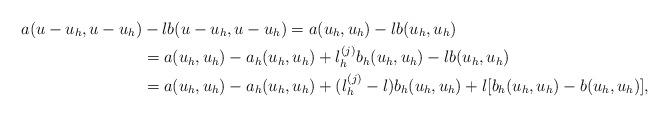
LaTeX: \begin{align*}a(u-u_{h},u-u_{h})&-\l b(u-u_{h},u-u_{h})=a(u_{h},u_{h})-\l b(u_{h},u_{h})\\& =a(u_{h},u_{h})-a_{h}(u_{h},u_{h})+\l_{h}^{(j)}b_{h}(u_{h},u_{h})-\l b(u_{h},u_{h})\\& =a(u_{h},u_{h})-a_{h}(u_{h},u_{h})+(\l_{h}^{(j)}-\l)b_{h}(u_{h},u_{h})+\l[b_h(u_{h},u_{h})-b(u_{h},u_{h})],\end{align*}